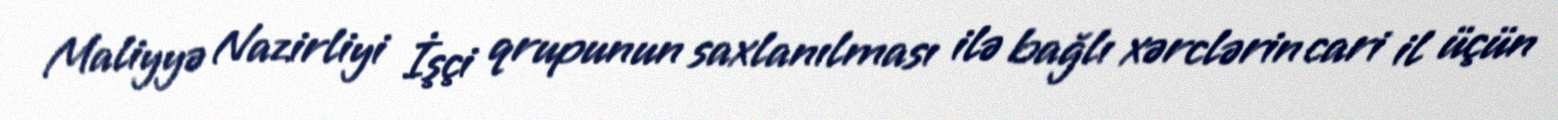
Maliyyə Nazirliyi İşçi qrupunun saxlanılması ilə bağlı xərclərin cari il üçün